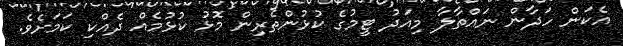
އެކަން ހަދާން ނައްތާލާ މިއަދު ޓީމުގެ ކުޅުންތެރިން މޮޅު ކުޅުމެއް ދެއްކި ކަމަށެވެ.